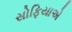
સોફિયાએ